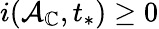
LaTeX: i(\mathcal{A}_{\mathbb{C}},t_{*})\ge 0